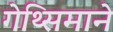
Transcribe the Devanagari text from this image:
गेथ्सिमाने